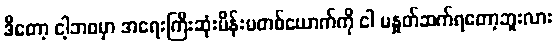
ဒီတော့ ငါ့ဘဝမှာ အရေးကြီးဆုံးမိန်းမတစ်ယောက်ကို ငါ မနှုတ်ဆက်ရတော့ဘူးလား